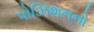
પોઝિશનનો